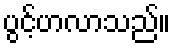
ပွင့်ဟလာသည်။